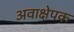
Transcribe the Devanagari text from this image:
अवाक्षेपक